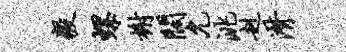
毅螺榭阔允洮赳潸